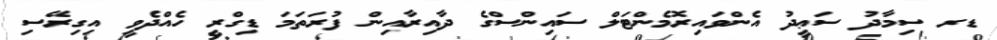
ޑރ ސިމާދު ސަޢީދު އެންވައިރޮމެންޓަލް ސައިންސްގެ ދާއިރާއިން ފުރަތަމަ ޑިގްރީ ހެއްދެވީ އިގިރޭސި